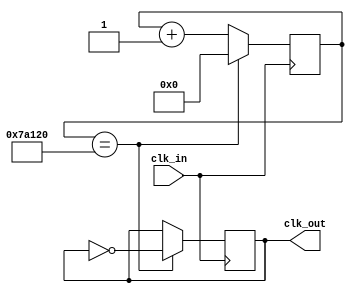





module Slow_Clock(
	input clk_in, // input clock which is 100 MHz from the De1-SOC board
	output reg clk_out
	);
	reg [20:0] count=0;
	
	always @(posedge clk_in)
	begin
	count<=count+1;
	if (count==500_000)
		begin
		count <= 0;
		clk_out = ~clk_out; // invert clock signal
		end
	end
	
endmodule